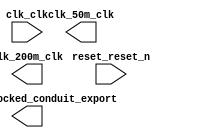

module pll_2 (
	altpll_0_locked_conduit_export,
	clk_clk,
	clk_200m_clk,
	clk_50m_clk,
	reset_reset_n);	

	output		altpll_0_locked_conduit_export;
	input		clk_clk;
	output		clk_200m_clk;
	output		clk_50m_clk;
	input		reset_reset_n;
endmodule